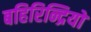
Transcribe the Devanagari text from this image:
बहिरिन्द्रियों